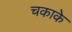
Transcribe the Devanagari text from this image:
चकाके